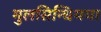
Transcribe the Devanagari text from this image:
मुलसिन्धियया